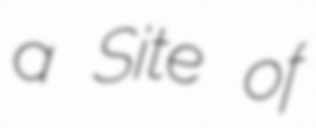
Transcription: a Site of